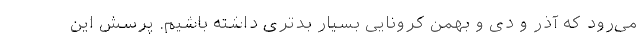
می‌رود که آذر و دی و بهمن کرونایی بسیار بدتری داشته باشیم. پرسش این